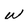
Character: w